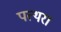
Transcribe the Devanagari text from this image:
पत्थरा